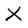
Character: X